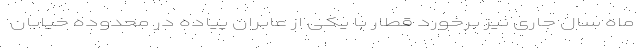
ماه سال جاری نیز برخورد قطار با یکی از عابران پیاده در محدوده خیابان